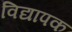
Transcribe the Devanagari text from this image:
विद्यापक